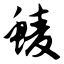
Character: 鲮